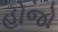
હોજો